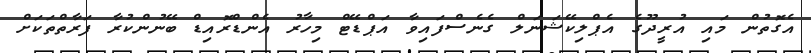
އެގޮތުން މައި އުރީދޫގެ އެޕްލިކޭޝަނަލް ގެނެސްފައިވާ އަޕްޑޭޓް މިހާރު އެންޑްރޮއިޑް ބޭނުންކުރާ ފަރާތްތަކަށް